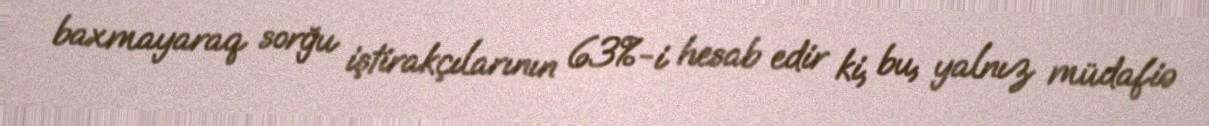
baxmayaraq sorğu iştirakçılarının 63%-i hesab edir ki, bu, yalnız müdafiə